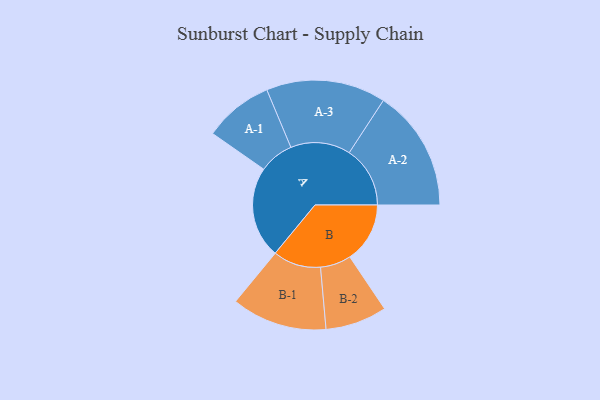
{"axis": {"x": "Segment", "y": "Value"}, "legend": ["", "A", "B"], "data": [{"x": "A", "y": 356, "type": ""}, {"x": "B", "y": 234, "type": ""}, {"x": "A-1", "y": 135, "type": "A"}, {"x": "A-2", "y": 237, "type": "A"}, {"x": "A-3", "y": 233, "type": "A"}, {"x": "B-1", "y": 186, "type": "B"}, {"x": "B-2", "y": 120, "type": "B"}]}